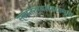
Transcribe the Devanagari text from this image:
स्वातंत्र्यलढयाच्या